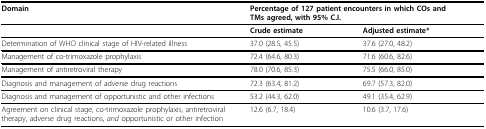
<table><thead><tr><td><b>Domain</b></td><td colspan="2"><b>Percentage of 127 patient encounters in which COs and TMs agreed, with 95% C.I.</b></td></tr></thead><tbody><tr><td></td><td><b>Crude estimate</b></td><td><b>Adjusted estimate*</b></td></tr><tr><td>Determination of WHO clinical stage of HIV-related illness</td><td>37.0 (28.5, 45.5)</td><td>37.6 (27.0, 48.2)</td></tr><tr><td>Management of co-trimoxazole prophylaxis</td><td>72.4 (64.6, 80.3)</td><td>71.6 (60.6, 82.6)</td></tr><tr><td>Management of antiretroviral therapy</td><td>78.0 (70.6, 85.3)</td><td>75.5 (66.0, 85.0)</td></tr><tr><td>Diagnosis and management of adverse drug reactions</td><td>72.3 (63.4, 81.2)</td><td>69.7 (57.3, 82.0)</td></tr><tr><td>Diagnosis and management of opportunistic and other infections</td><td>53.2 (44.3, 62.0)</td><td>49.1 (35.4, 62.9)</td></tr><tr><td>Agreement on clinical stage, co-trimoxazole prophylaxis, antiretroviral therapy, adverse drug reactions, <i>and </i>opportunistic or other infection</td><td>12.6 (6.7, 18.4)</td><td>10.6 (3.7, 17.6)</td></tr></tbody></table>